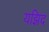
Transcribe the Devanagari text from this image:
यझिद